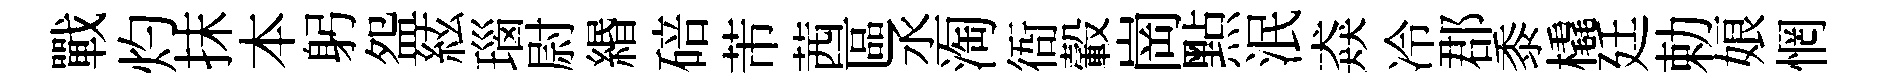
戰灼抹本躬盌絃瑙尉緡碚芾茜區丞淘衙轂崗㸃泯猋冷郡黍橇廷勅娘惘